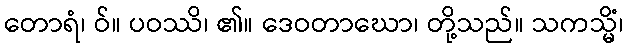
တောရံ၊ ဝ်။ ပဝဿိ၊ ၏။ ဒေဝတာဃော၊ တို့သည်။ သကသ္မိံ၊